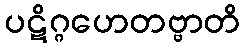
ပဋိဂ္ဂဟေတဗ္ဗာတိ